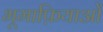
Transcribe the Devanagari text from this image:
भूमाफ़ियाओं